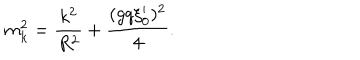
m _ { k } ^ { 2 } = { \frac { k ^ { 2 } } { R ^ { 2 } } } + { \frac { ( g q \xi _ { 0 } ^ { \prime } ) ^ { 2 } } { 4 } } .